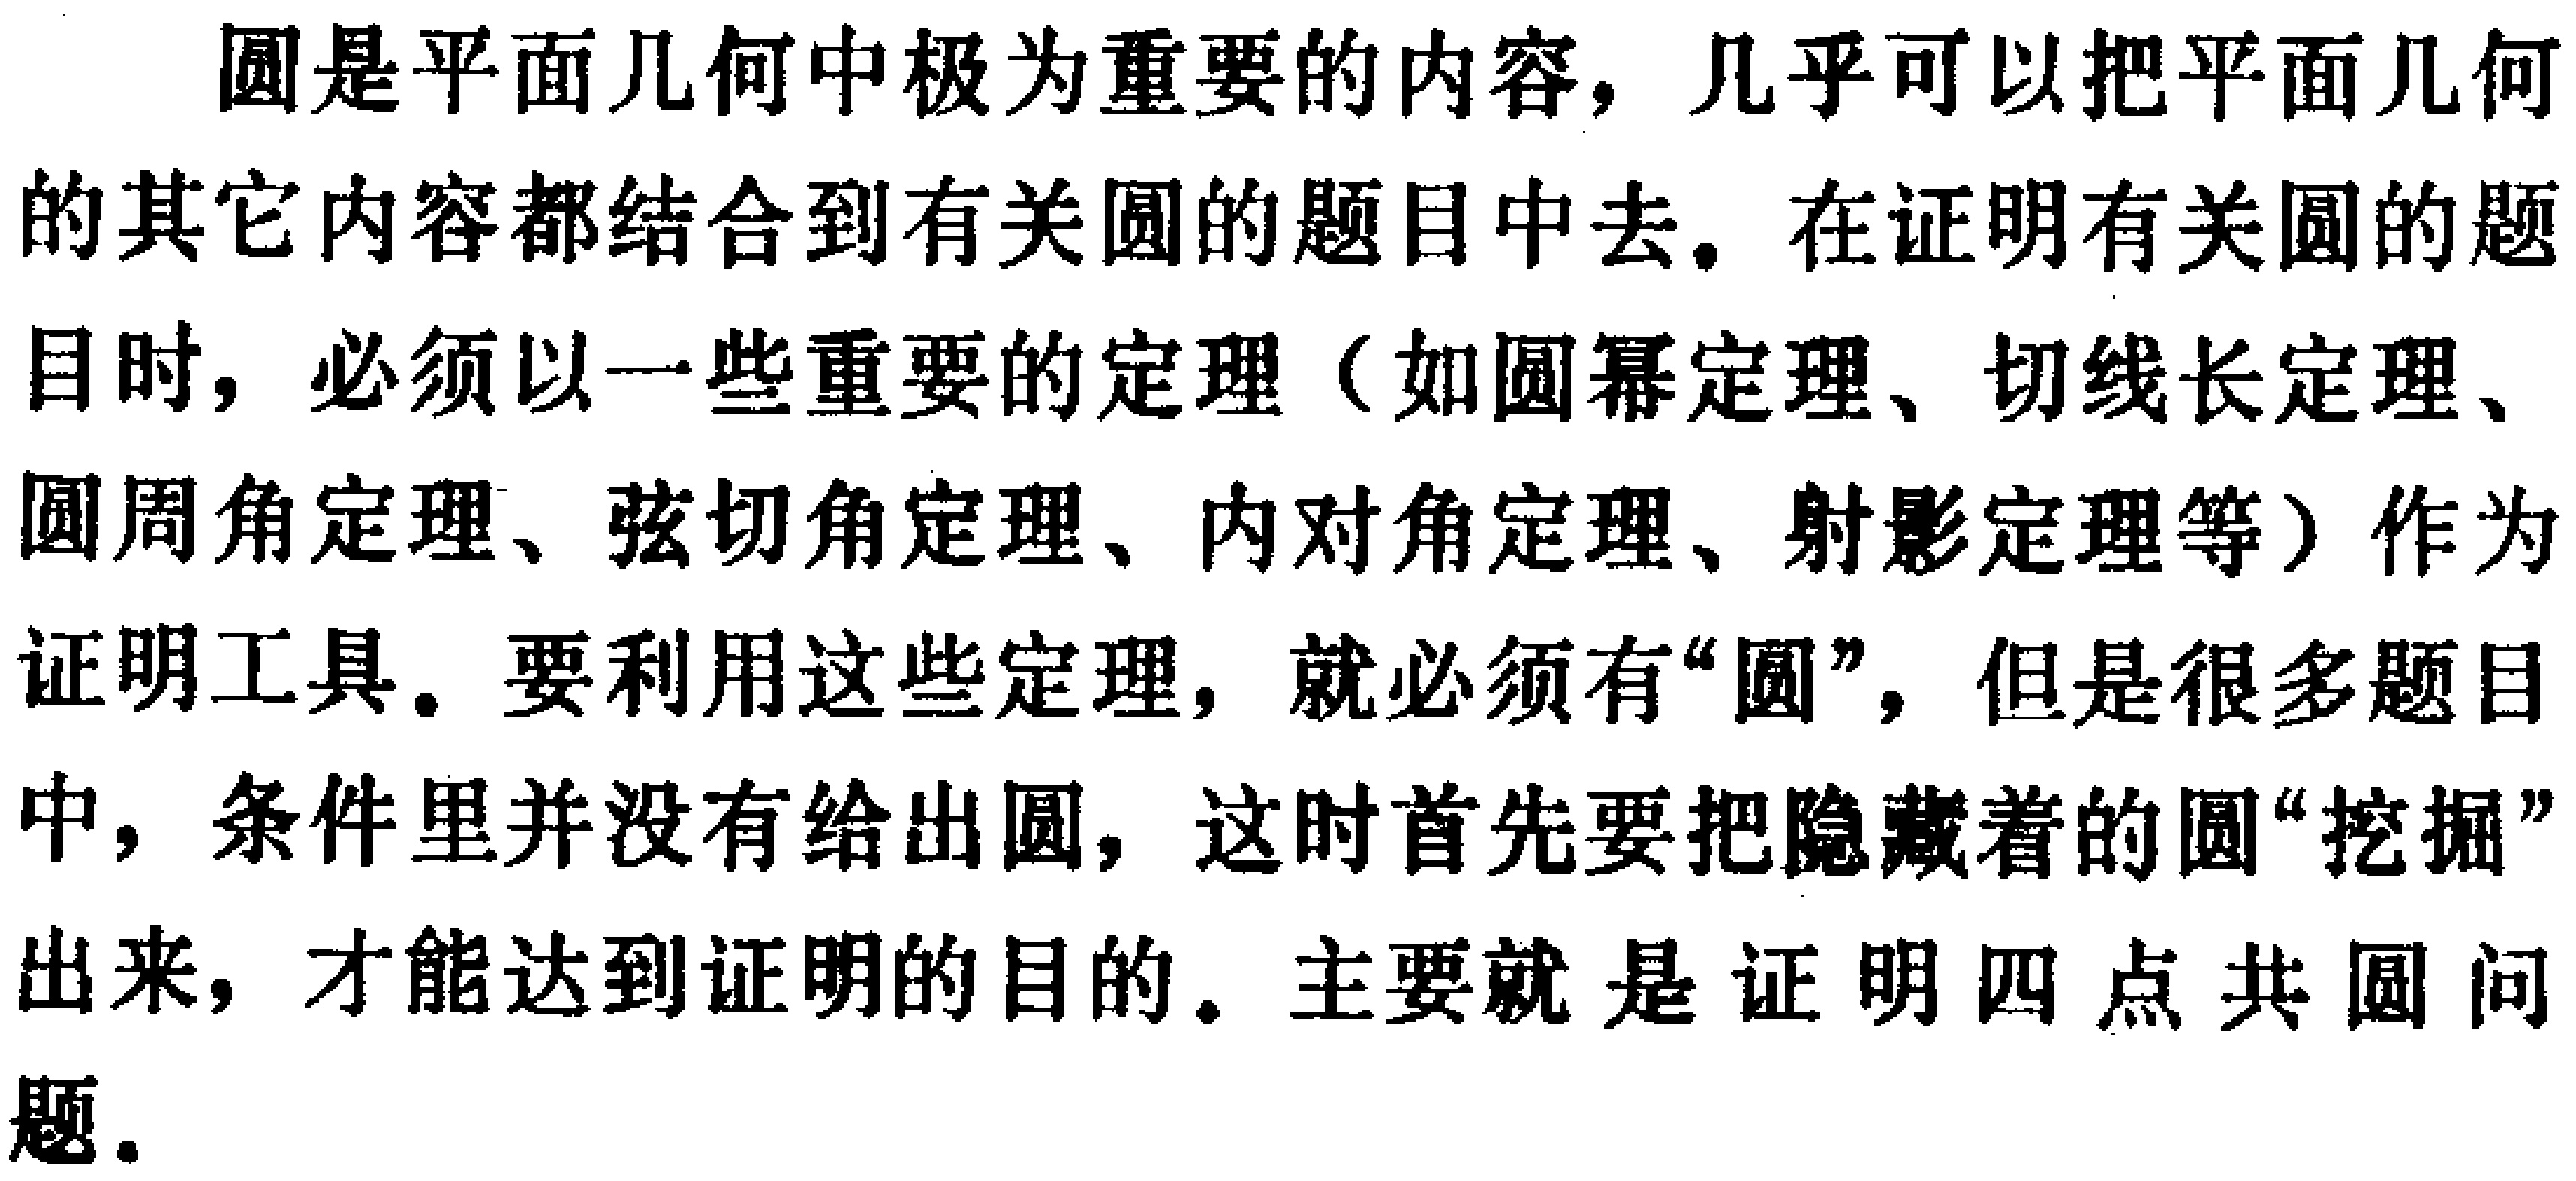
圆是平面几何中极为重要的内容，几乎可以把平面几何的其它内容都结合到有关圆的题目中去。在证明有关圆的题目时，必须以一些重要的定理（如圆幂定理、切线长定理、圆周角定理、弦切角定理、内对角定理、射影定理等）作为证明工具。要利用这些定理，就必须有“圆”，但是很多题目中，条件里并没有给出圆，这时首先要把隐藏着的圆“挖掘”出来，才能达到证明的目的。主要就是证明四点共圆问题。